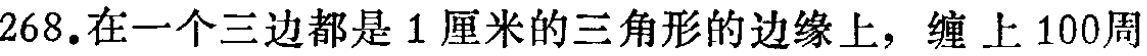
268.在一个三边都是1厘米的三角形的边缘上，缠上100周